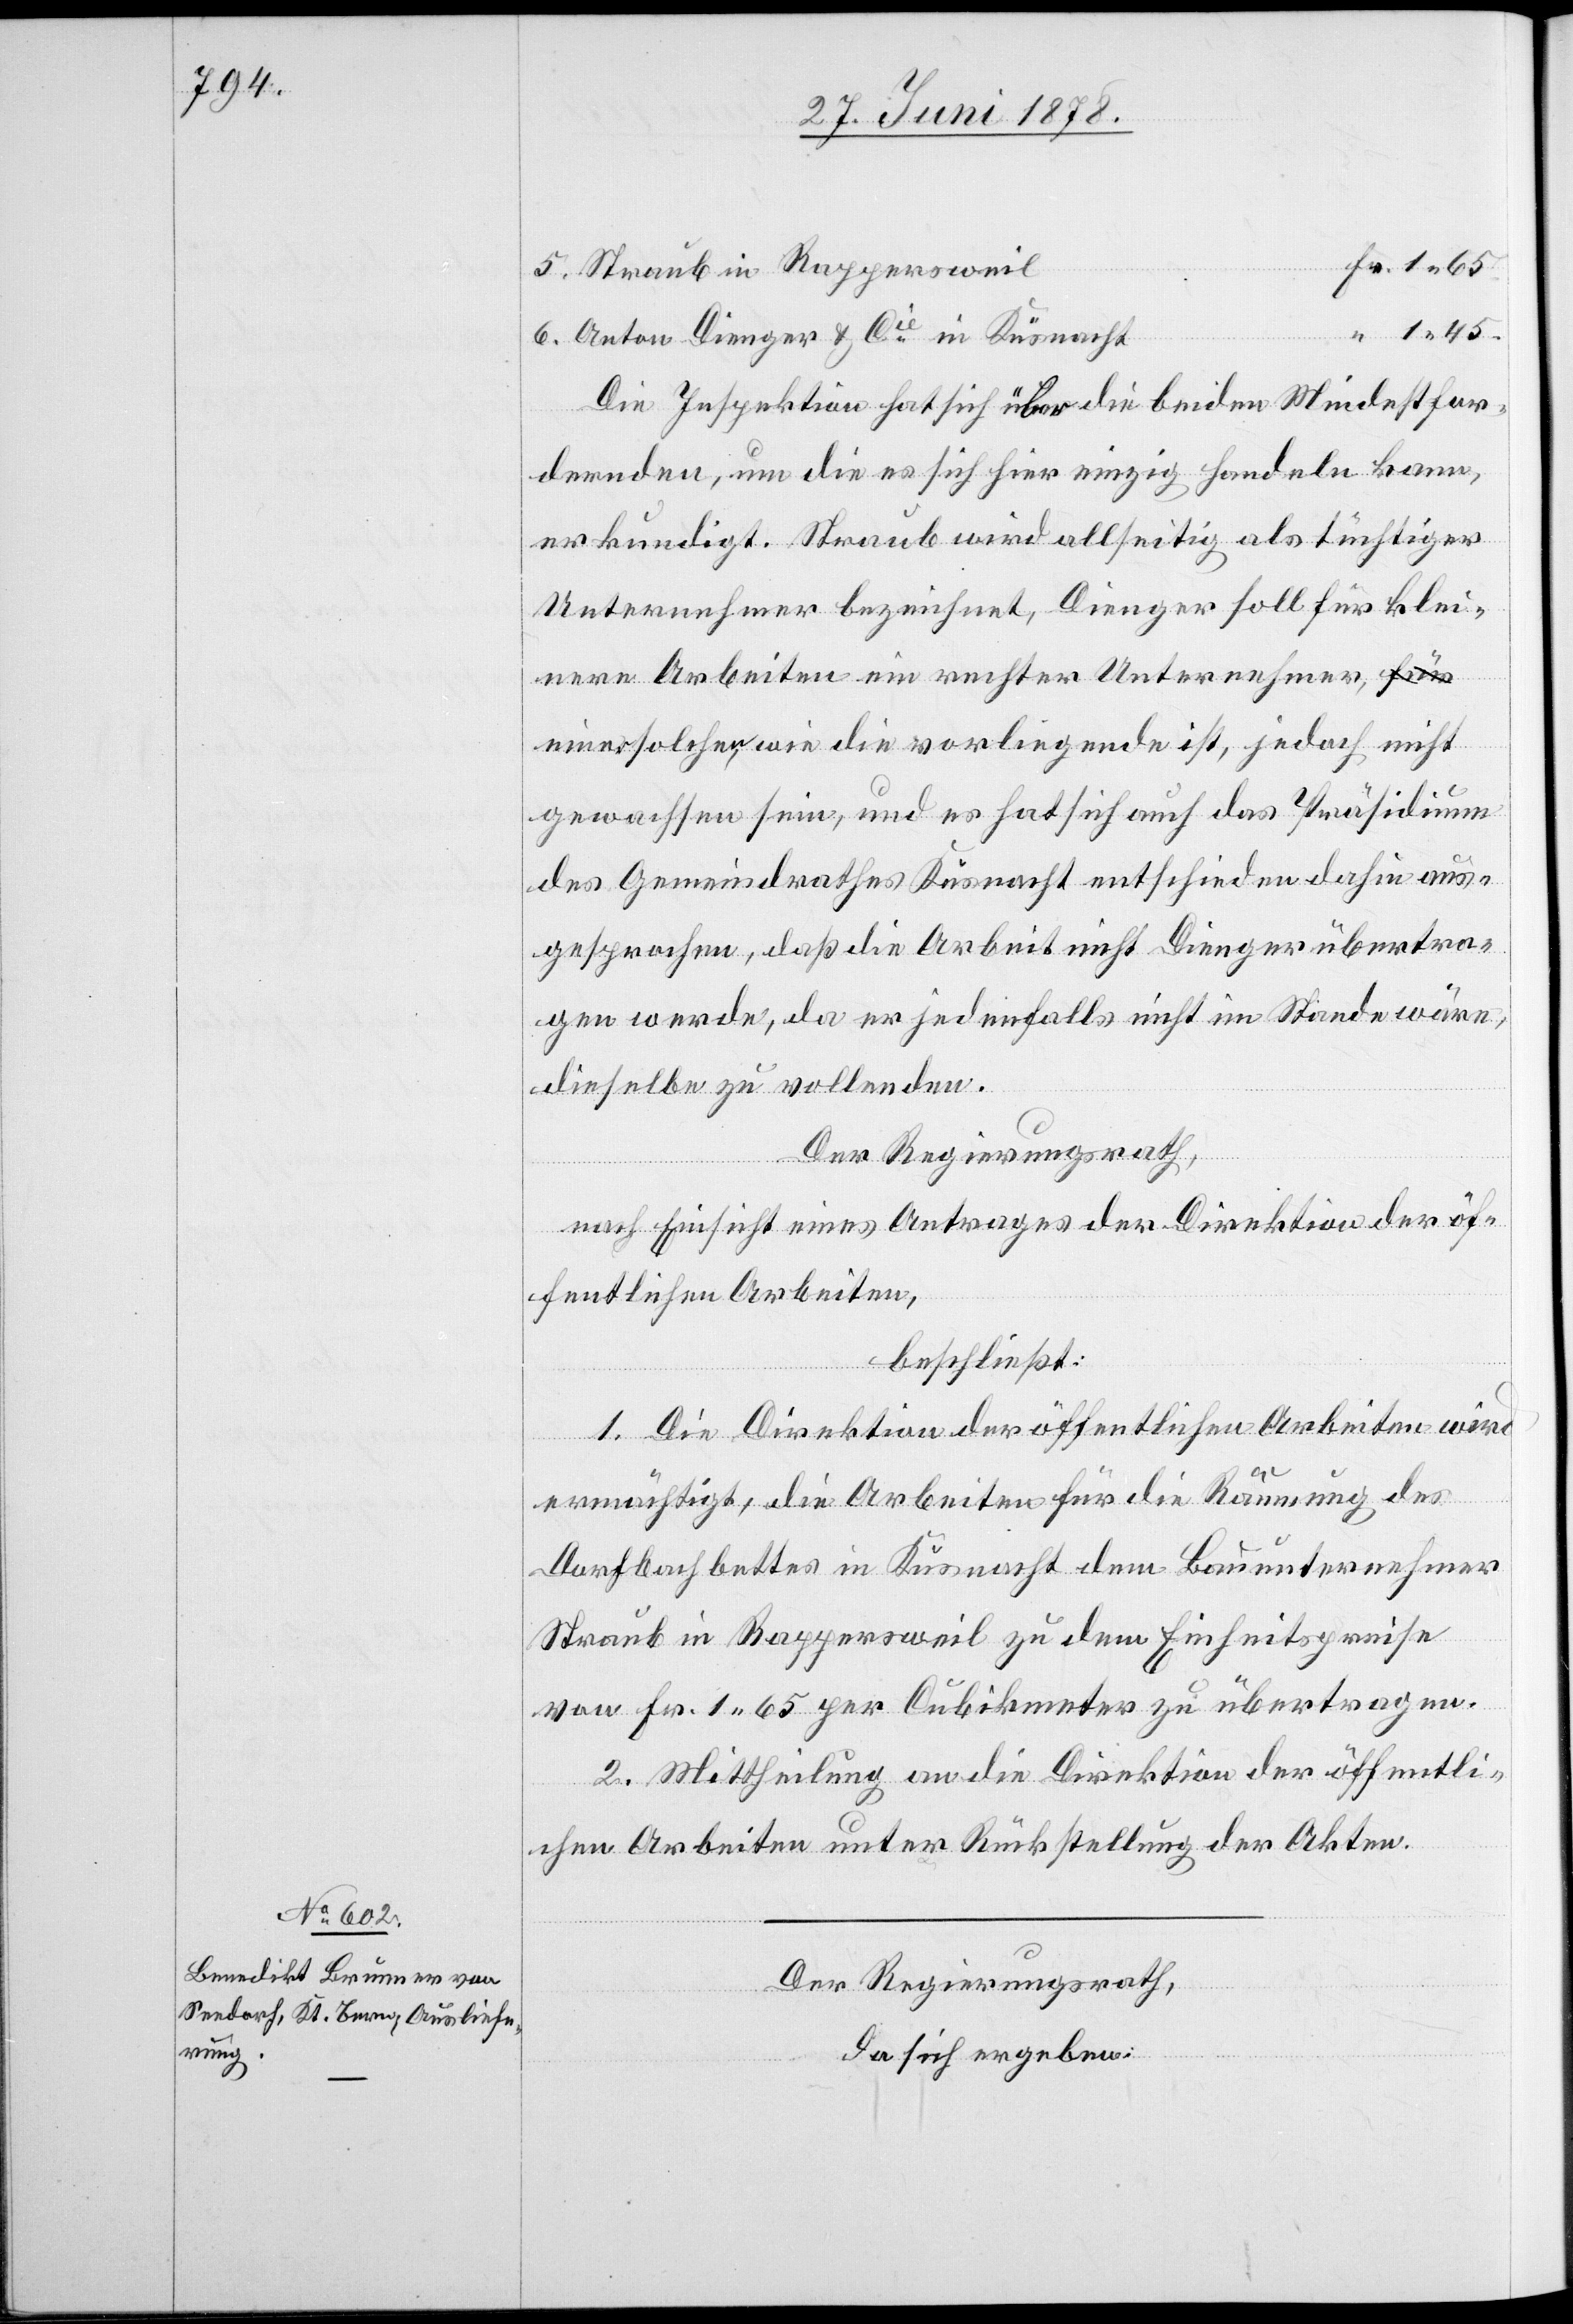
28. Juni 1878.]
5. Straub in Rappersweil
65
6. Anton Dienger & Cie in Küsnacht
Die Inspektion hat sich über die beiden Mindestfor¬
dernden, um die es sich hier einzig handeln kann,
erkundigt. Straub wird allseitig als tüchtiger
Unternehmer bezeichnet, Dienger soll für klei¬
nere Arbeiten ein rechter Unternehmer, ei¬
ner solchen, wie die vorliegende ist, jedoch nicht
gewachsen sein, und es hat sich auch das Präsidium
des Gemeindrathes Küsnacht entschieden dahin aus¬
gesprochen, daß die Arbeit nicht Dienger übertra¬
gen werde, da er jedenfalls nicht im Stande wäre,
dieselbe zu vollenden.
Der Regierungsrath,
nach Einsicht eines Antrages der Direktion der öf¬
fentlichen Arbeiten,
1
beschließt:
1. Die Direktion der öffentlichen Arbeiten wird
ermächtigt, die Arbeiten für die Räumung des
Dorfbachbettes in Küsnacht dem Bauunternehmer
Straub in Rappersweil zu dem Einheitspreise
von Fr. 1 65 per Cubikmeter zu übertragen.
2. Mittheilung an die Direktion der öffentli¬
chen Arbeiten unter Rückstellung der Akten.
Der Regierungsrath,
da sich ergeben: